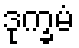
ဒုက္ခမံ